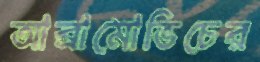
আব্রামোভিচের